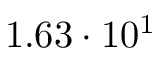
1 . 6 3 \cdot 1 0 ^ { 1 }